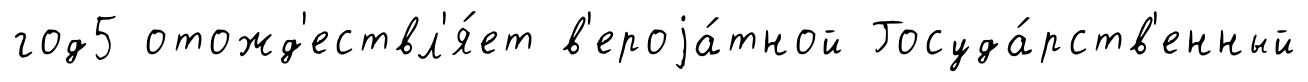
год5 отожд'ествл'я́ет в'ероjа́тной Госуда́рств'енный